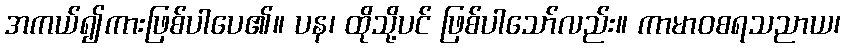
အကယ်၍ကားဖြစ်ပါပေ၏။ ပန၊ ထိုသို့ပင် ဖြစ်ပါသော်လည်း။ ကာမာဝစရသညာယ၊